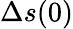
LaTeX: \Delta s(0)